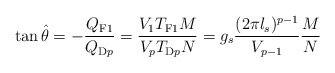
\begin{align*}\tan \hat{\theta} = - \frac{Q_{\rm F1}}{Q_{{\rm D}p}} = \frac{V_1 T_{\rm F1} M}{V_p T_{{\rm D}p} N}= g_s \frac{(2\pi l_s )^{p-1} }{V_{p-1}} \frac{M}{N}\end{align*}